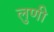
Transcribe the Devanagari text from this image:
लुणी